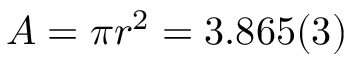
A = \pi r ^ { 2 } = 3 . 8 6 5 ( 3 )